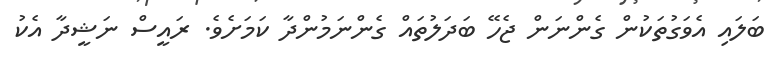
ބަލައި އެވަގުތަކުން ގެންނަން ޖެހޭ ބަދަލުތައް ގެންނަމުންދާ ކަމަށެވެ. ރައީސް ނަޝީދާ އެކު